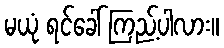
မယုံ ရင်ခေါ် ကြည့်ပါလား။